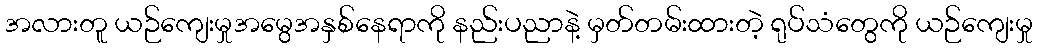
အလားတူ ယဉ်ကျေးမှုအမွေအနှစ်နေရာကို နည်းပညာနဲ့ မှတ်တမ်းထားတဲ့ ရုပ်သံတွေကို ယဉ်ကျေးမှု